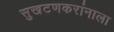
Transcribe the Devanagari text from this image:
सुखटणकरांनाला